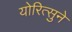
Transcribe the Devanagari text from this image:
योरित्सुने